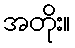
အတိုး။